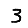
Digit: 3